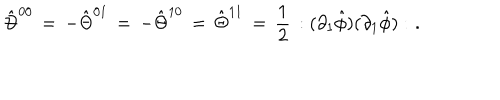
LaTeX: \hat { \Theta } ^ { 0 0 } \, = \, - \hat { \Theta } ^ { 0 1 } \, = \, - \hat { \Theta } ^ { 1 0 } \, = \, \hat { \Theta } ^ { 1 1 } \, = \, \frac { 1 } { 2 } \, : ( \partial _ { 1 } \hat { \phi } ) ( \partial _ { 1 } \hat { \phi } ) : \, \, .